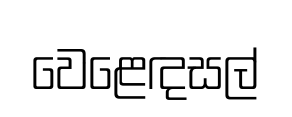
වෙළෙඳසල්